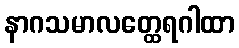
နာဂသမာလတ္ထေရဂါထာ